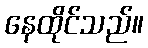
နေထိုင်သည်။